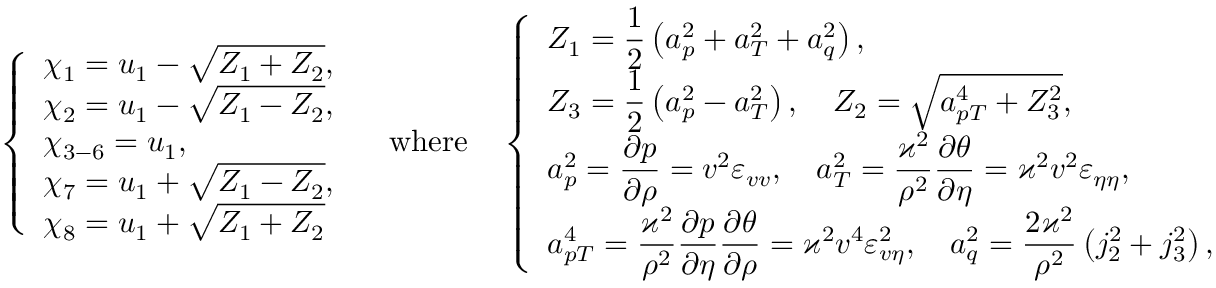
\begin{array} { r } { \everymath { \displaystyle } \left\{ \begin{array} { l l } { \chi _ { 1 } = u _ { 1 } - \sqrt { Z _ { 1 } + Z _ { 2 } } , } \\ { \chi _ { 2 } = u _ { 1 } - \sqrt { Z _ { 1 } - Z _ { 2 } } , } \\ { \chi _ { 3 - 6 } = u _ { 1 } , } \\ { \chi _ { 7 } = u _ { 1 } + \sqrt { Z _ { 1 } - Z _ { 2 } } , } \\ { \chi _ { 8 } = u _ { 1 } + \sqrt { Z _ { 1 } + Z _ { 2 } } } \end{array} \right. \quad \mathrm { w h e r e } \quad \left\{ \begin{array} { l l } { Z _ { 1 } = \frac { 1 } { 2 } \left( a _ { p } ^ { 2 } + a _ { T } ^ { 2 } + a _ { q } ^ { 2 } \right) , } \\ { Z _ { 3 } = \frac { 1 } { 2 } \left( a _ { p } ^ { 2 } - a _ { T } ^ { 2 } \right) , \quad Z _ { 2 } = \sqrt { a _ { p T } ^ { 4 } + Z _ { 3 } ^ { 2 } } , } \\ { a _ { p } ^ { 2 } = \frac { \partial p } { \partial \rho } = v ^ { 2 } \varepsilon _ { v v } , \quad a _ { T } ^ { 2 } = \frac { \varkappa ^ { 2 } } { \rho ^ { 2 } } \frac { \partial \theta } { \partial \eta } = \varkappa ^ { 2 } v ^ { 2 } \varepsilon _ { \eta \eta } , } \\ { a _ { p T } ^ { 4 } = \frac { \varkappa ^ { 2 } } { \rho ^ { 2 } } \frac { \partial p } { \partial \eta } \frac { \partial \theta } { \partial \rho } = \varkappa ^ { 2 } v ^ { 4 } \varepsilon _ { v \eta } ^ { 2 } , \quad a _ { q } ^ { 2 } = \frac { 2 \varkappa ^ { 2 } } { \rho ^ { 2 } } \left( j _ { 2 } ^ { 2 } + j _ { 3 } ^ { 2 } \right) , } \end{array} \right. } \end{array}